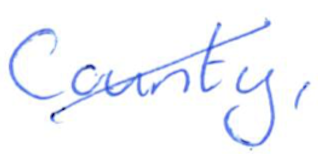
Text: County,
Cross-out: diagonal
Writing tool: ballpoint